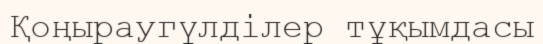
Қоңыраугүлділер тұқымдасы